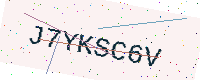
Text: J7YKSC6V